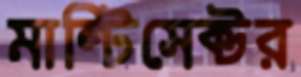
মাল্টিসেক্টর